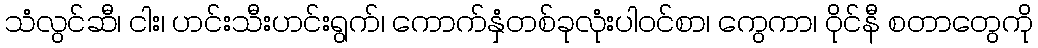
သံလွင်ဆီ၊ ငါး၊ ဟင်းသီးဟင်းရွက်၊ ကောက်နှံတစ်ခုလုံးပါဝင်စာ၊ ကွေကာ၊ ဝိုင်နီ စတာတွေကို